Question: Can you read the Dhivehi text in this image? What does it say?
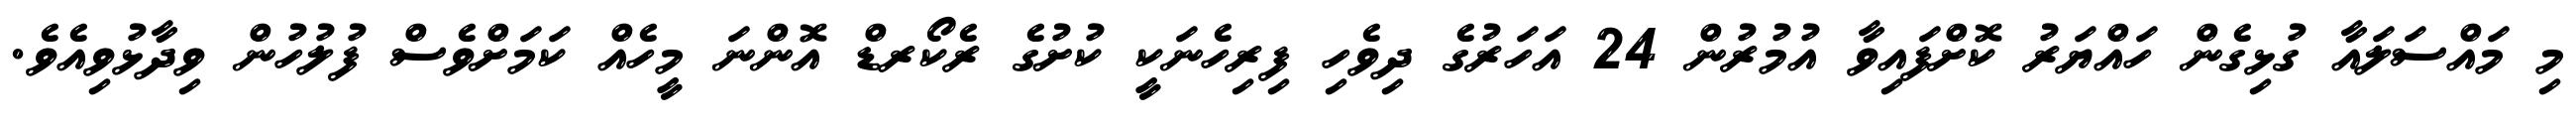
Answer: މި މައްސަލައާ ގުޅިގެން ހައްޔަރު ކޮށްފައިވާ އުމުރުން 24 އަހަރުގެ ދިވެހި ފިރިހެނަކީ ކުށުގެ ރެކޯރޑް އޮންނަ މީހެއް ކަމަށްވެސް ފުލުހުން ވިދާޅުވިއެވެ.